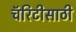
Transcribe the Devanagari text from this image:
चॅरिटीसाठी